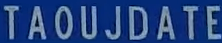
TAOUJDATE